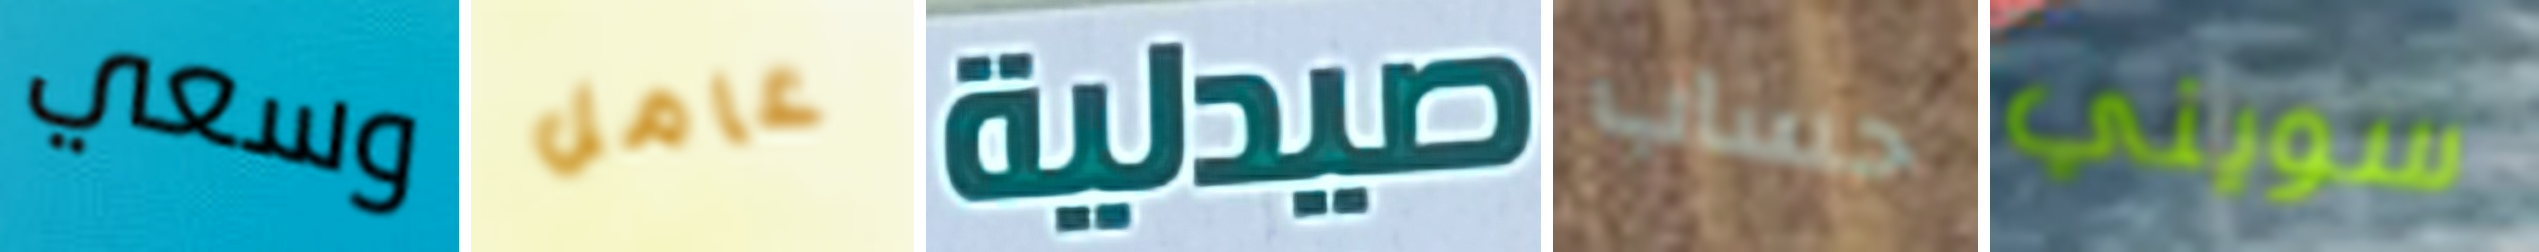
وسعي عامل صيدلية حساب سويني